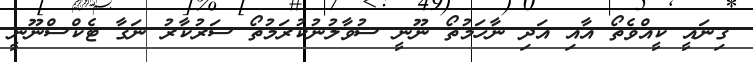
ގިނައީ ކީއްވެތޯ އާއި އަދި ނާހަމުތޯ ނޫނީ ސުވާލުނުކުރަމުތޯ ސަރުކާރު ނަގާ ޓެކްސްނޫނީ